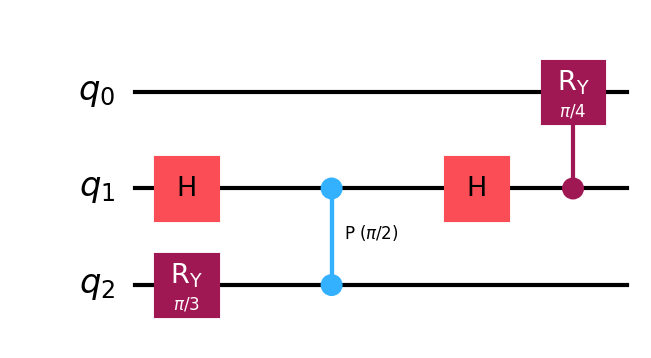
Description: HHL algorithm (simplified linear solver)
描述: HHL算法（简化线性求解器）
Category: classical_algorithms (difficulty: advanced)
Qubits: 3, circuit depth: 6

Braket implementation:
import math
from braket.circuits import Circuit
circuit = Circuit()
circuit.ry(2, math.pi / 3)
circuit.h(1)
circuit.cphaseshift(1, 2, math.pi / 2)
circuit.h(1)
# controlled Ry on ancilla
circuit.ry(0, math.pi / 8)
circuit.cnot(1, 0)
circuit.ry(0, -math.pi / 8)
circuit.cnot(1, 0)